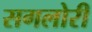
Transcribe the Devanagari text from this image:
सगलोरी